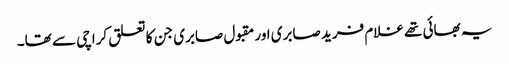
یہ بھائی تھے غلام فرید صابری اور مقبول صابری جن کا تعلق کراچی سے تھا۔